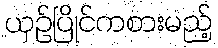
ယှဉ်ပြိုင်ကစားမည့်